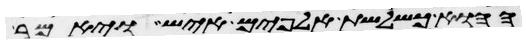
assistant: ההוא כשלשת אלפים איש ויאמר